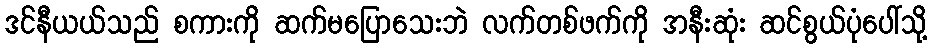
ဒင်နီယယ်သည် စကားကို ဆက်မပြောသေးဘဲ လက်တစ်ဖက်ကို အနီးဆုံး ဆင်စွယ်ပုံပေါ်သို့